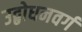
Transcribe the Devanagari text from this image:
उद्बोधनवर्ग